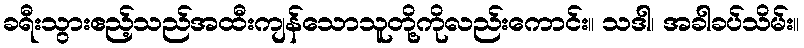
ခရီးသွားဧည့်သည်အထီးကျန်သောသူတို့ကိုလည်းကောင်း။ သဒါ၊ အခါခပ်သိမ်း။